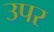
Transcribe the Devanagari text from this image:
उपर